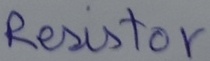
Text: Resistor